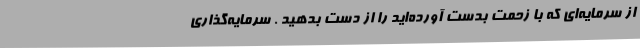
از سرمایه‌ای که با زحمت بدست آورده‌اید را از دست بدهید . سرمایه‌گذاری